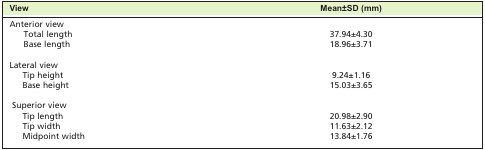
| View | Mean±SD (mm) |
 | --- | --- |
 | Anterior view |  |
 | Total length | 37.94±4.30 |
 | Base length | 18.96±3.71 |
 | Lateral view |  |
 | Tip height | 9.24±1.16 |
 | Base height | 15.03±3.65 |
 | Superior view |  |
 | Tip length | 20.98±2.90 |
 | Tip width | 11.63±2.12 |
 | Midpoint width | 13.84±1.76 |